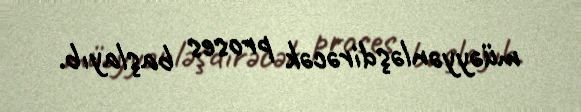
müəyyənləşdirəcək proses başlayıb.